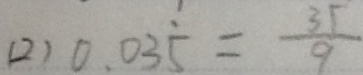
( 2 ) 0 . 0 3 \dot { 5 } = \frac { 3 5 } { 9 }